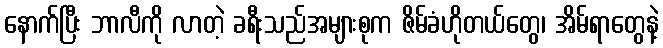
နောက်ပြီး ဘာလီကို လာတဲ့ ခရီးသည်အများစုက ဇိမ်ခံဟိုတယ်တွေ၊ အိမ်ရာတွေနဲ့